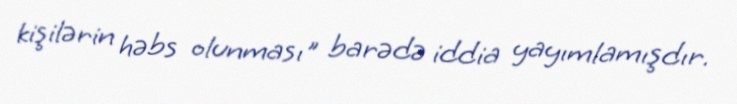
kişilərin həbs olunması" barədə iddia yayımlamışdır.